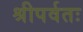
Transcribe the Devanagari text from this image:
श्रीपर्वतः